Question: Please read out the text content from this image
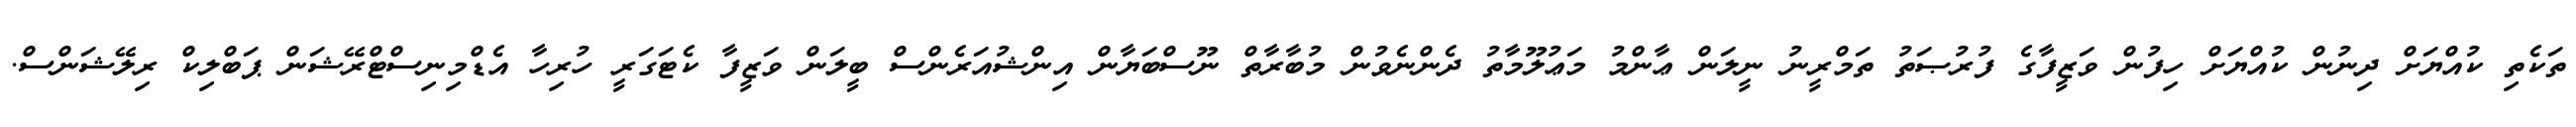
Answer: ތަކެތި ކުއްޔަށް ދިނުން ކުއްޔަށް ހިފުން ވަޒީފާގެ ފުރުޞަތު ތަމްރީނު ނީލަން ޢާންމު މަޢުލޫމާތު ދެންނެވުން މުބާރާތް ނޫސްބަޔާން އިންޝުއަރެންސް ބީލަން ވަޒީފާ ކެޓަގަރީ ހުރިހާ އެޑްމިނިސްޓްރޭޝަން ޕަބްލިކް ރިލޭޝަންސް.